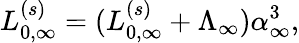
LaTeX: L_{0,\infty}^{(s)}=(L_{0,\infty}^{(s)}+\Lambda_{\infty})\alpha_{\infty}^{3},